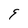
Character: 9